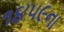
૧૪૫૯ના